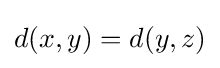
d(x,y)=d(y,z)